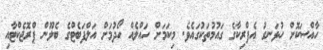
ހާއްސަކޮށް ހުޅަނގު އެފްރިކާގެ ގައުމުތަކުގައެވެ. މިކަމަށް ހައްލެއް ހޯދުމަށް އަލްފަބެޓްގެ ބެލޫން ޕްރޮޖެކްޓާއި